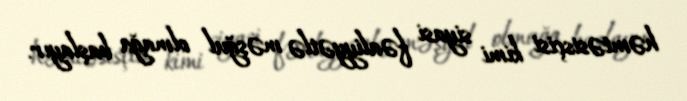
həmtəsisçisi kimi siyasi fəaliyyətlə məşğul olmağa başlayır.